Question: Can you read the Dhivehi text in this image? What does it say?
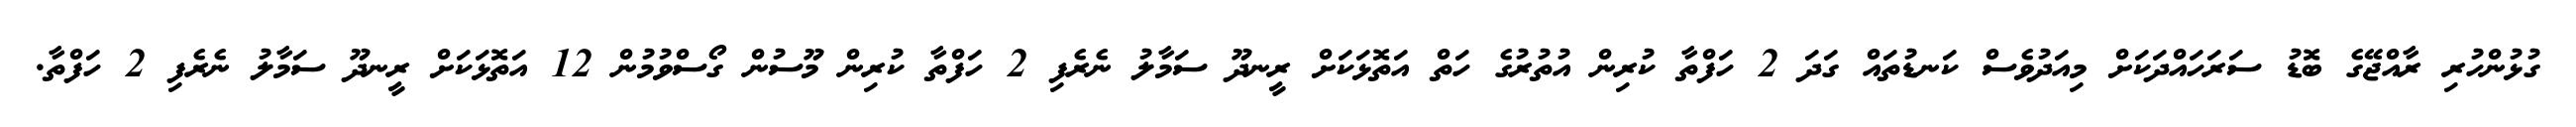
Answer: ގުޅުންހުރި ރާއްޖޭގެ ބޮޑު ސަރަހައްދަކަށް މިއަދުވެސް ކަނޑުތައް ގަދަ 2 ހަފްތާ ކުރިން އުތުރުގެ ހަތް އަތޮޅަކަށް ރީނދޫ ސަމާލު ނެރެފި 2 ހަފްތާ ކުރިން މޫސުން ގޯސްވުމުން 12 އަތޮޅަކަށް ރީނދޫ ސަމާލު ނެރެފި 2 ހަފްތާ.